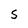
Character: S